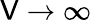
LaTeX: \mathsf{V}\to\infty